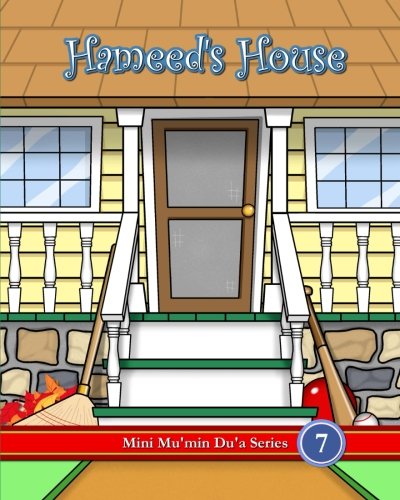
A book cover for Hameed's House (Mini Mu'min Du'a Series); Mini Mu'min Publications; Religion & Spirituality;